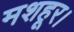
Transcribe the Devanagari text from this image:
मशहूर।